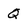
Character: Q